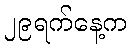
၂၉ရက်နေ့က